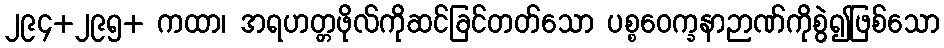
၂၉၄+၂၉၅+ ကထာ၊ အရဟတ္တဖိုလ်ကိုဆင်ခြင်တတ်သော ပစ္စဝေက္ခနာဉာဏ်ကိုစွဲ၍ဖြစ်သော